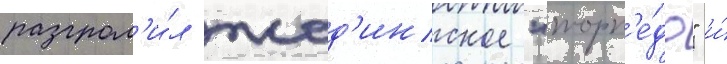
разгром'и́л жод'инское "торп'е́до" и́